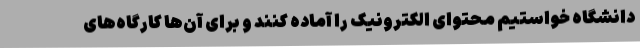
دانشگاه خواستیم محتوای الکترونیک را آماده کنند و برای آن‌ها کارگاه‌های